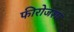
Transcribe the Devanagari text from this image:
फीरोजशा